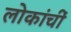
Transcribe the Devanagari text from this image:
लोकांचीं